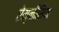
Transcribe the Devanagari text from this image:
ऐम्नीसिया